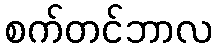
စက်တင်ဘာလ